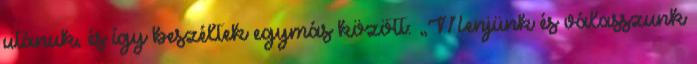
utánuk, és így beszéltek egymás között: „Menjünk és válasszunk